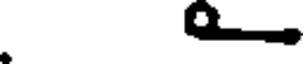
.